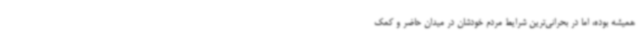
همیشه بوده، اما در بحرانی‌ترین شرایط مردم خودشان در میدان حاضر و کمک